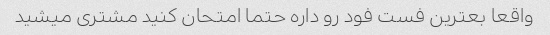
واقعا بعترین فست فود رو داره حتما امتحان کنید مشتری میشید